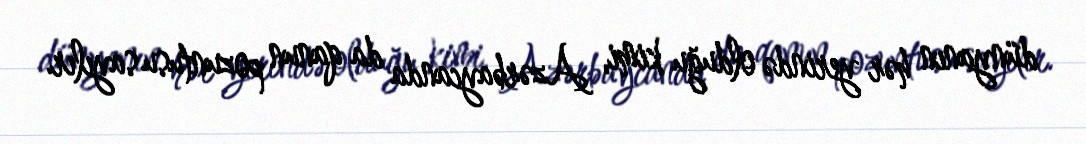
dünyanın hər yerində olduğu kimi, Azərbaycanda da qanun pozuntusu sayılır.